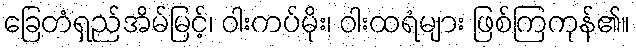
ခြေတံရှည်အိမ်မြင့်၊ ဝါးကပ်မိုး၊ ဝါးထရံများ ဖြစ်ကြကုန်၏။